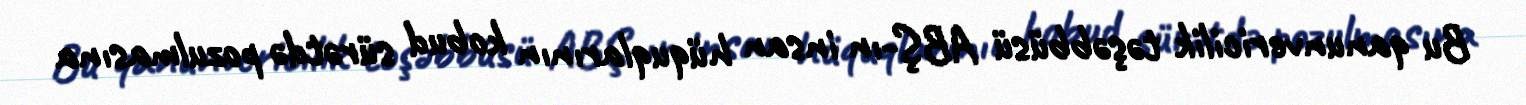
Bu qanunvericilik təşəbbüsü ABŞ-ın insan hüquqlarının kobud sürətdə pozulmasına